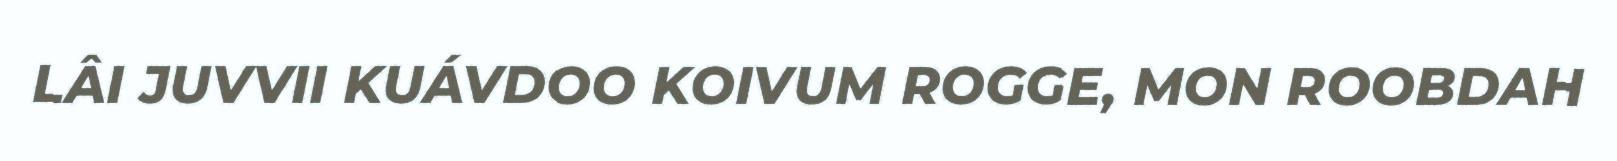
LÂI JUVVII KUÁVDOO KOIVUM ROGGE, MON ROOBDAH